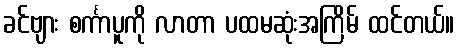
ခင်ဗျား စင်္ကာပူကို လာတာ ပထမဆုံးအကြိမ် ထင်တယ်။